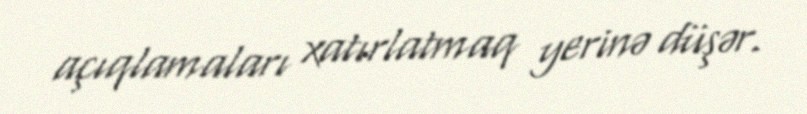
açıqlamaları xatırlatmaq yerinə düşər.